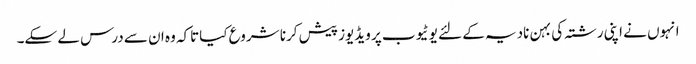
انہوں نے اپنی رشتہ کی بہن نادیہ کے لئے یوٹیوب پر ویڈیوز پیش کرنا شروع کیاتاکہ وہ ان سے درس لے سکے۔